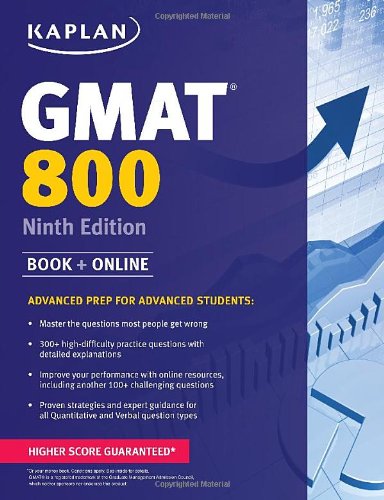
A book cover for Kaplan GMAT 800: Advanced Prep for Advanced Students (Kaplan Test Prep); Kaplan; Test Preparation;